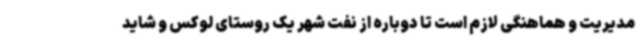
مدیریت و هماهنگی لازم است تا دوباره از نفت شهر یک روستای لوکس و شاید